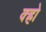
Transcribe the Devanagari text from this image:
क्ह्रो